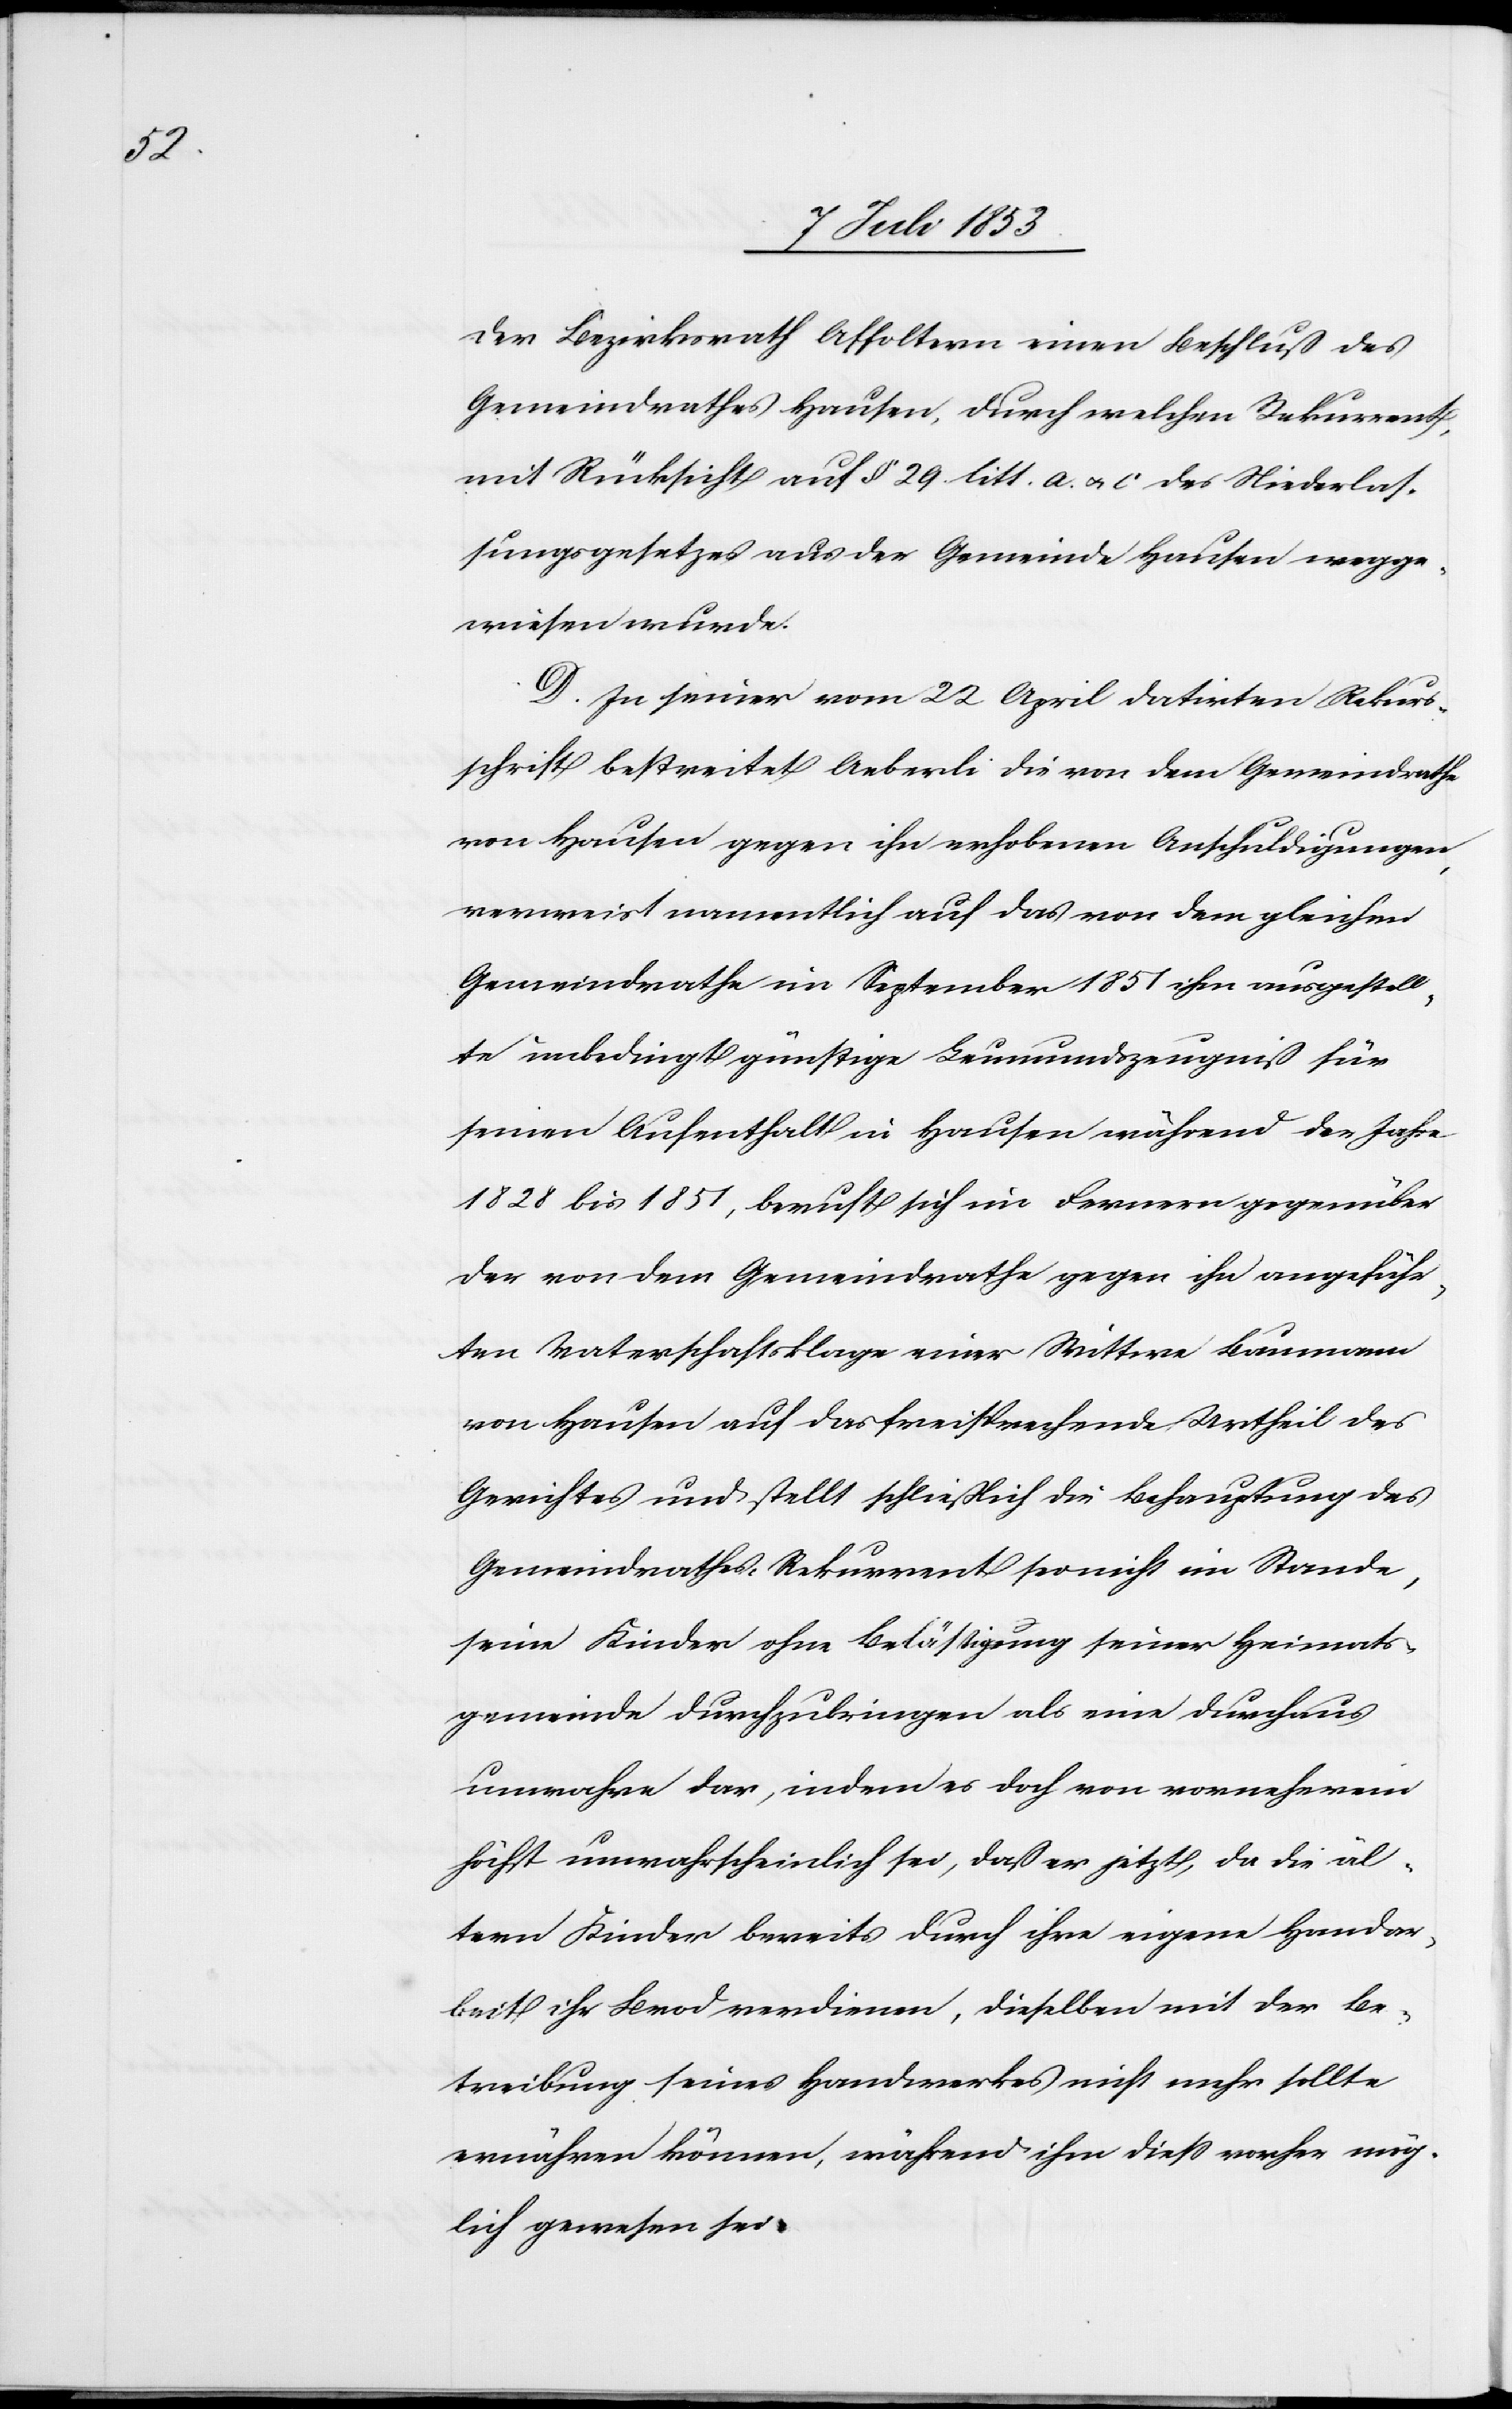
der Bezirksrath Affoltern einen Beschluß des
Gemeindrathes Hausen, durch welchen Rekurrent
Rücksicht auf § 29 litt a. u. c des Niederlas¬
sungsgesetzes aus der Gemeinde Hausen wegge¬
wiesen wurde.
D. In seiner vom 22 April datirten Rekurs¬
schrift bestreitet Aeberli die von dem Gemeindrathe
von Hausen gegen ihn erhobenen Anschuldigungen
verweist namentlich auf das von dem gleichen
Gemeindrathe im September 1851 ihm ausgestell¬
te unbedingt günstige Leumundszeugniß für
seinen Aufenthalt in Hausen während der Jahre
1828 bis 1851, beruft sich im Fernern gegenüber
der von dem Gemeindrathe gegen ihn angeführ¬
ten Vaterschaftsklage einer Wittwe Baumann
von Hausen auf das freisprechende Urtheil des
Gerichtes und stellt schließlich die Behauptung des
Gemeindrathes, Rekurrent sei nicht im Stande,
seine Kinder ohne Belästigung seiner Heimats¬
gemeinde durchzubringen als eine durchaus
unwahre dar, indem es doch von vorneherein
höchst unwahrscheinlich sei, daß er jetzt, da die äl¬
tern Kinder bereits durch ihre eigene Handar¬
beit ihr Brod verdienen, dieselben mit der Be¬
treibung seines Handwerks nicht mehr sollte
ernähren können, während ihm dieß vorher mög¬
lich gewesen sei.